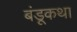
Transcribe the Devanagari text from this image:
बंडूकथा